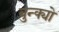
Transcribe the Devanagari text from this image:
बुन्क्यो